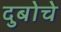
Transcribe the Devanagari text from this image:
दुबोचे